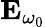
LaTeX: \mathbf{E}_{\omega_{0}}